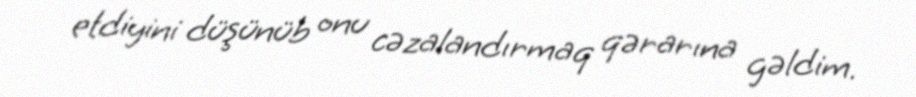
etdiyini düşünüb onu cəzalandırmaq qərarına gəldim.